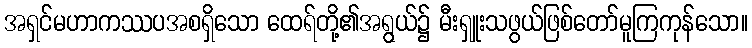
အရှင်မဟာကဿပအစရှိသော ထေရ်တို့၏အရွယ်၌ မီးရှူးသဖွယ်ဖြစ်တော်မူကြကုန်သော။